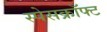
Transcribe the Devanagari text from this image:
स्पेसक्रॉफ्ट